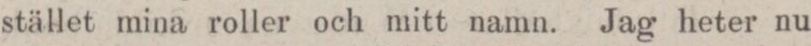
stället mina roller och mitt namn. Jag heter nu